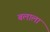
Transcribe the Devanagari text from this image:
बलाला